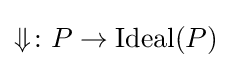
{\Downarrow }\colon P\to \operatorname {Ideal} (P)